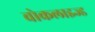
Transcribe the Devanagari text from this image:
वोकलाइज्ड